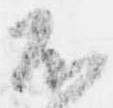
不